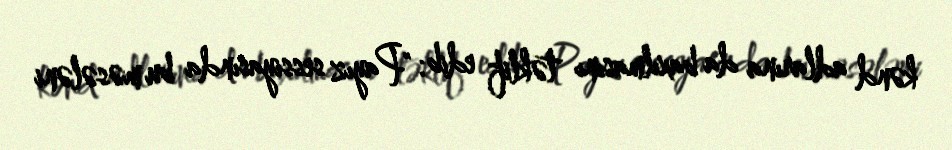
kənd adlarına da baxılmasını təklif edib: "Payız sessiyasında bu məsələni